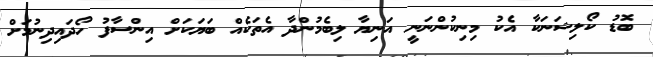
ބޮޑު ކޯލިޝަނަކާ އެކު މިނިކުންނަނީ އަނިޔާ ލިބެމުންދާ އެތަކެއް ބަޔަކަށް އިންސާފު ހޯދައިދިނުމަށް